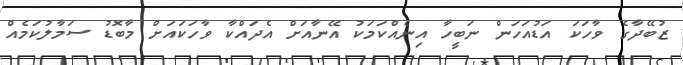
ޒުބޭދާގެ ވާހަކަ އަޑުއަހަން ނަބީހާ އިނެއްކަމަކު އޭނާއަށް އެދައްކާ ވާހަކައަށް މާބޮޑު ސަމާލުކަމެއް